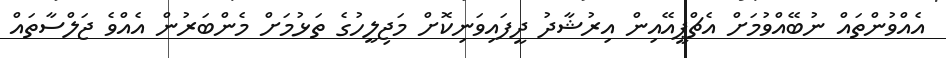
އެއްވުންތައް ނުބޭއްވުމަށް އެޗްޕީއޭއިން އިރުޝާދު ދީފައިވަނިކޮށް މަޖިލީހުގެ ތަޅުމަށް މެންބަރުން އެއްވެ ޖަލްސާތައް